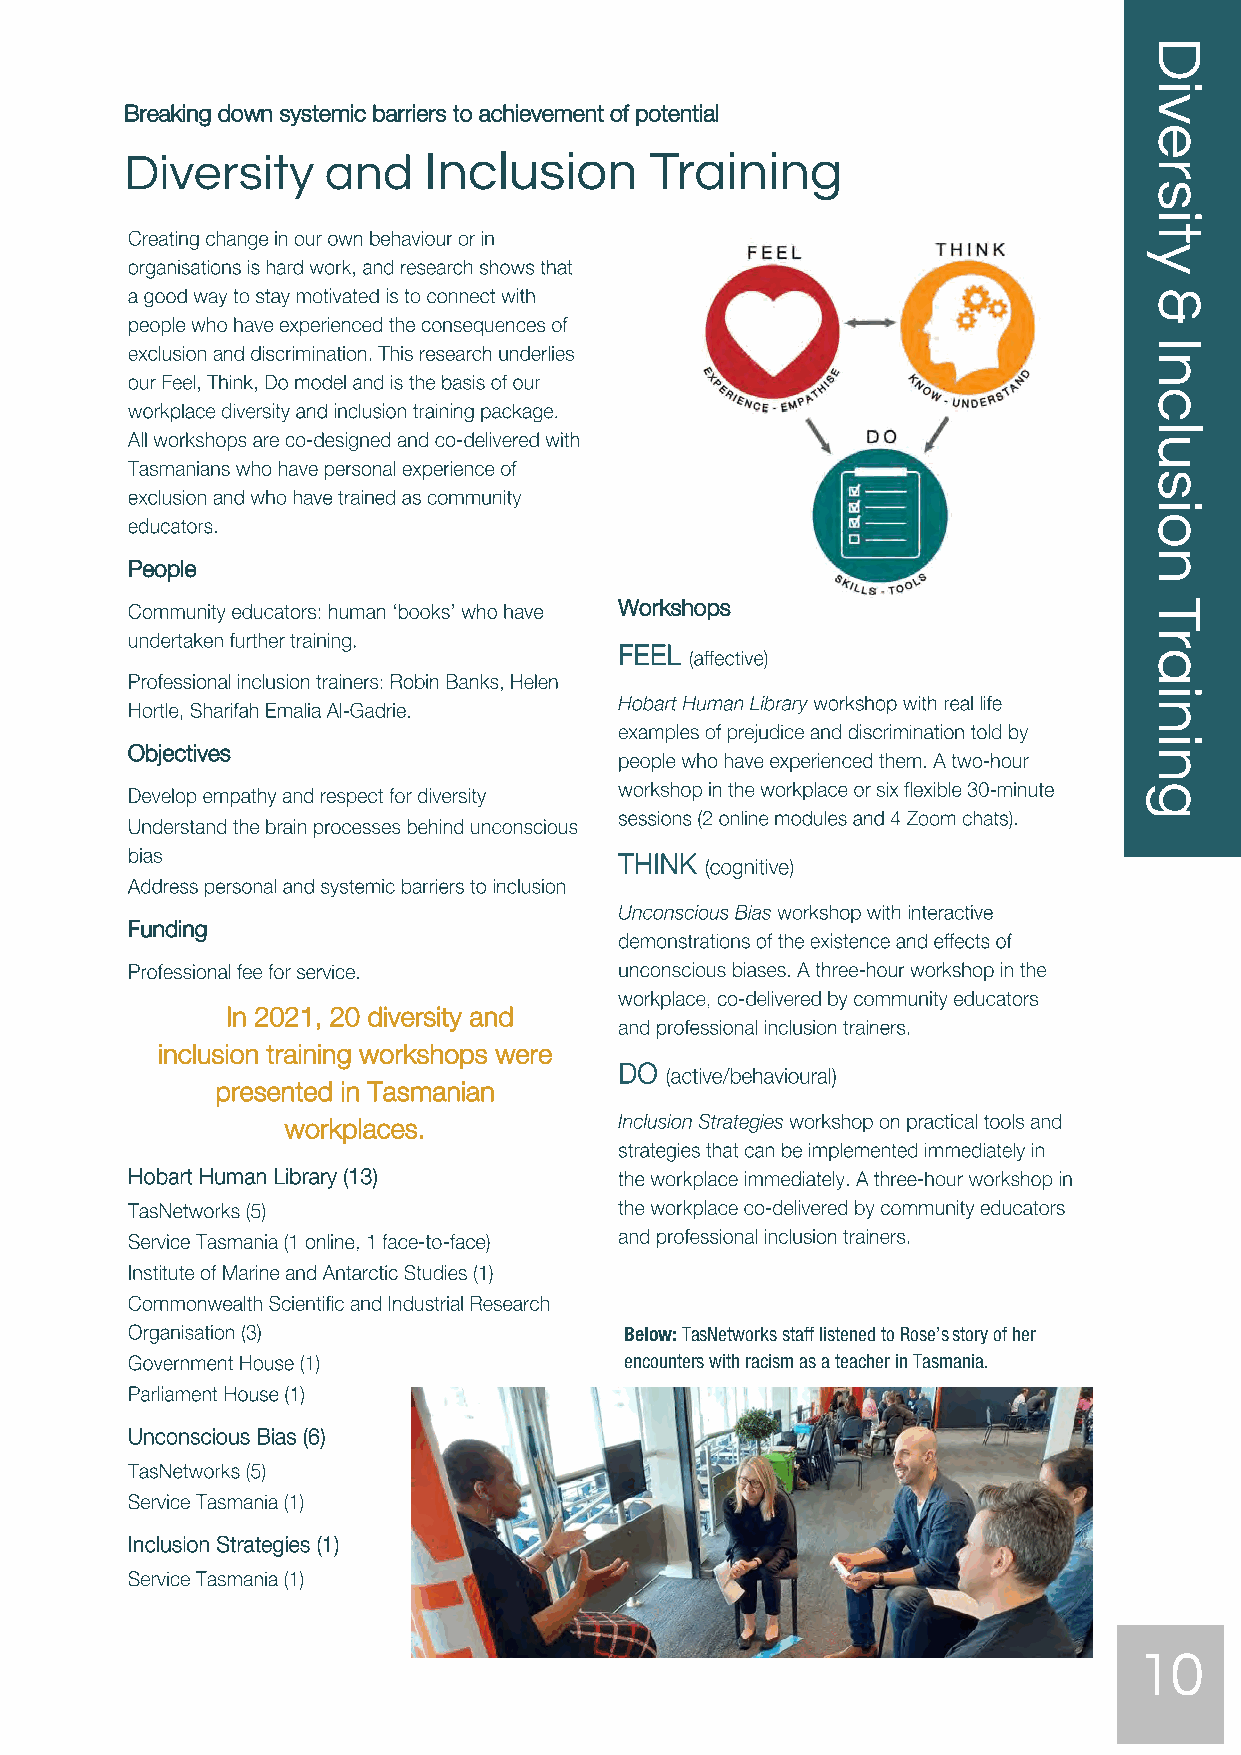
Breaking down systemic barriers to achievement of potential
 Diversity    and    Inclusion      Training
 People
 Workshops
 Objectives
 Funding
 In 2021, 20 diversity and
 inclusion training workshops were
 presented in Tasmanian
 workplaces.
 Below: TasNetworks staff listened to Rose’s story of her
 encounters with racism as a teacher in Tasmania.
 10
 Diversity
 &
 Inclusion
 Training